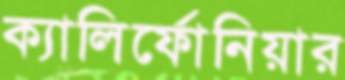
ক্যালির্ফোনিয়ার